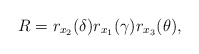
\begin{align*}R=r_{x_2}(\delta)r_{x_1}(\gamma)r_{x_3}(\theta),\end{align*}